Malaria in the Punjab - Number 46
Disease focus: Malaria
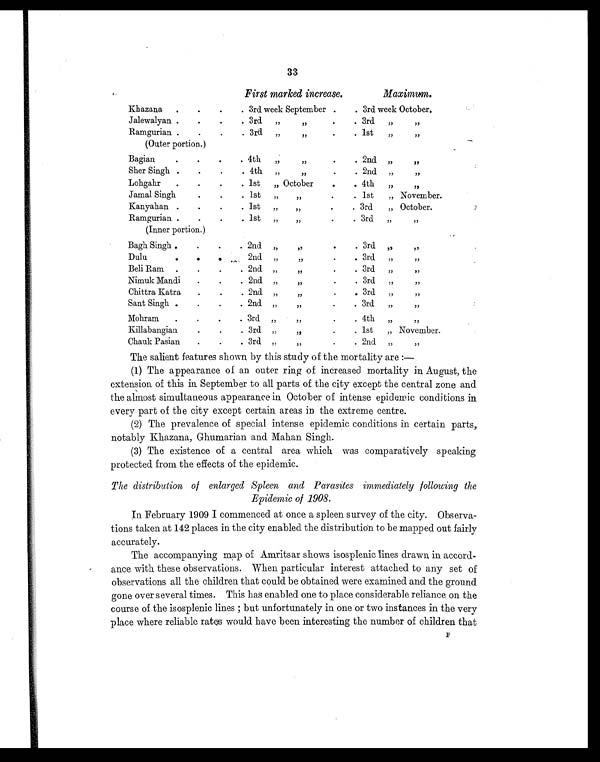
33
First marked increase.
Maximum.
Khazana .
.
.
. 3rd week September .
. 3rd week October.
Jalewalyan .
.
.
. 3rd„ „
.
. 3rd „ „
Ramgurian .
.
.
. 3rd „ „
.
. 1st „ „
(Outer portion.)
Bagian
.
.
. . 4th „ „
.
. 2nd „ „
Sher Singh .
.
. . 4th „ „
.
. 2nd „ „
Lohgahr .
.
. . 1st „ October
.
. 4th „ „
Jamal Singh
.
. . 1st „ „
.
. 1st „ November.
Kanyahan .
.
.
. 1st „ „
.
. 3rd „ October.
Ramgurian .
.
.
. 1st „ „
.
. 3rd „ „
(Inner portion.)
Bagh Singh .
. .
. 2nd „ „
.
. 3rd „ „
Dulu
.
. .
2nd „ „
.
. 3rd „ „
Beli Ram .
.
.
. 2nd „ „
.
. 3rd „ „
Nimuk Mandi .
.
. 2nd ” „
.
. 3rd „ „
Chittra Katra .
.
. 2nd „ „
.
. 3rd „ „
Sant Singh .
. .
. 2nd „ „
.
. 3rd „ „
Mohram .
.
. . 3rd „ „
. . 4th „ „
Killabangian
.
.
. 3rd „ „
. . 1st „ November.
Chauk Pasian .
.
. 3rd „ „
.
. 2nd „ „
The salient features shown by this study of the mortality are :
—
(1) The appearance of an outer ring of increased mortality in August, the
extension of this in September to all parts of the city except the central zone and
the almost simultaneous appearance in October of intense epidemic conditions in
every part of the city except certain areas in the extreme centre.
(2) The prevalence of special intense epidemic conditions in certain parts,.
notably Khazana, Ghumarian and Mahan Singh.
(3) The existence of a central area which was comparatively speaking
protected from the effects of the epidemic.
The distribution of enlarged Spleen and Parasites immediately following the
Epidemic of 1908.
In February 1909 I commenced at once a spleen survey of the city. Observa-
tions taken at 142 places in the city enabled the distribution to be mapped out fairly
accurately.
The accompanying map of Amritsar shows isosplenic lines drawn in accord-
ance with these observations. When particular interest attached to any set of
observations all the children that could be obtained were examined and the ground
gone over several times. This has enabled one to place considerable reliance on the
course of the isosplenic lines ; but unfortunately in one or two instances in the very
place where reliable rates would have been interesting the number of children that
F